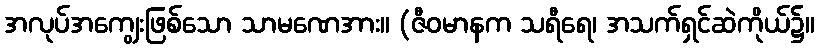
အလုပ်အကျွေးဖြစ်သော သာမဏေအား။ (ဇီဝမာနက သရီရေ၊ အသက်ရှင်ဆဲကိုယ်၌။